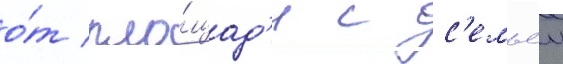
о́т пло́щад'и с с'емьеи